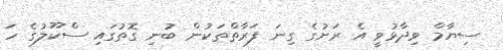
ސިޔާމް ވިދާޅުވީ އެ ރަށުގެ ގިނަ ފަރާތްތަކުން ބުނި ގޮތުގައި ސްކޫލުގެ ހަ